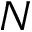
N